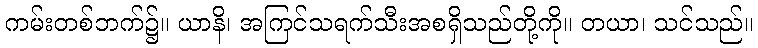
ကမ်းတစ်ဘက်၌။ ယာနိ၊ အကြင်သရက်သီးအစရှိသည်တို့ကို။ တယာ၊ သင်သည်။